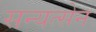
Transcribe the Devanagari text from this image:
सन्यत्सेन